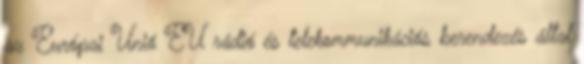
az Európai Unió EU rádió és telekommunikációs berendezés által